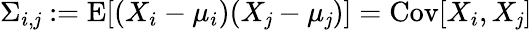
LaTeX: \Sigma_{i,\mathit{j}}:=\operatorname{E}[(X_{i}-\mu_{i})(X_{\mathit{j}}-\mu_{\mathit{j}})]=\operatorname{Cov}[X_{i},X_{\mathit{j}}]